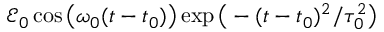
\mathcal { E } _ { 0 } \cos \big ( \omega _ { 0 } ( t - t _ { 0 } ) \big ) \exp \big ( - ( t - t _ { 0 } ) ^ { 2 } / \tau _ { 0 } ^ { 2 } \big )